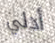
أدلي